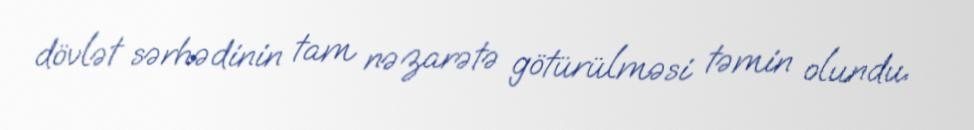
dövlət sərhədinin tam nəzarətə götürülməsi təmin olundu.